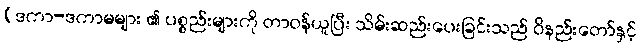
(ဒကာ-ဒကာမများ ၏ ပစ္စည်းများကို တာဝန်ယူပြီး သိမ်းဆည်းပေးခြင်းသည် ဝိနည်းတော်နှင့်